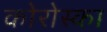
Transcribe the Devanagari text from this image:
कोरोस्का